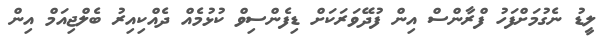
ލީޑު ނެގުމަށްފަހު ފްރާންސް އިން ފުދޭވަރަކަށް ޑިފެންސިވް ކުޅުމެއް ދެއްކިއިރު ބެލްޖިއަމް އިން